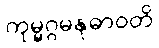
ကုမ္မဂ္ဂမနုဓာဝတိ